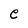
Character: e